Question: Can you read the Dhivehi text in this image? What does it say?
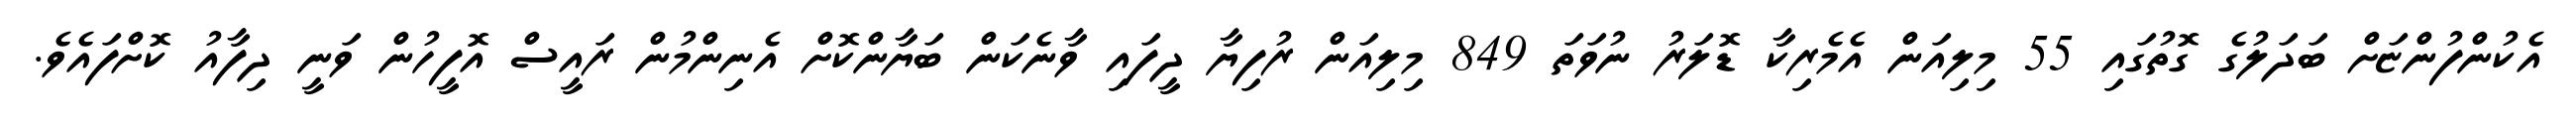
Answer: އެކުންފުންޏަށް ބަދަލުގެ ގޮތުގައި 55 މިލިއަން އެމެރިކާ ޑޮލަރު ނުވަތަ 849 މިލިއަން ރުފިޔާ ދީފައި ވާނެކަން ބަޔާންކޮށް އެނިންމުން ރައީސް އޮފީހުން ވަނީ ދިފާއު ކޮށްފައެވެ.